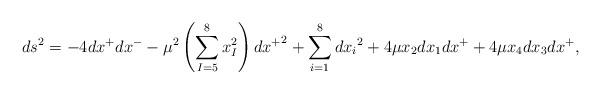
LaTeX: \begin{align*}ds^2 = - 4 dx^+ dx^- -\mu^2 \left(\sum_{I=5}^8 x_I^2 \right) {dx^+}^2 + \sum_{i=1}^8 {dx_i}^2 + 4 \mu x_2 dx_1 dx^+ + 4 \mu x_4 dx_3 dx^+,\end{align*}